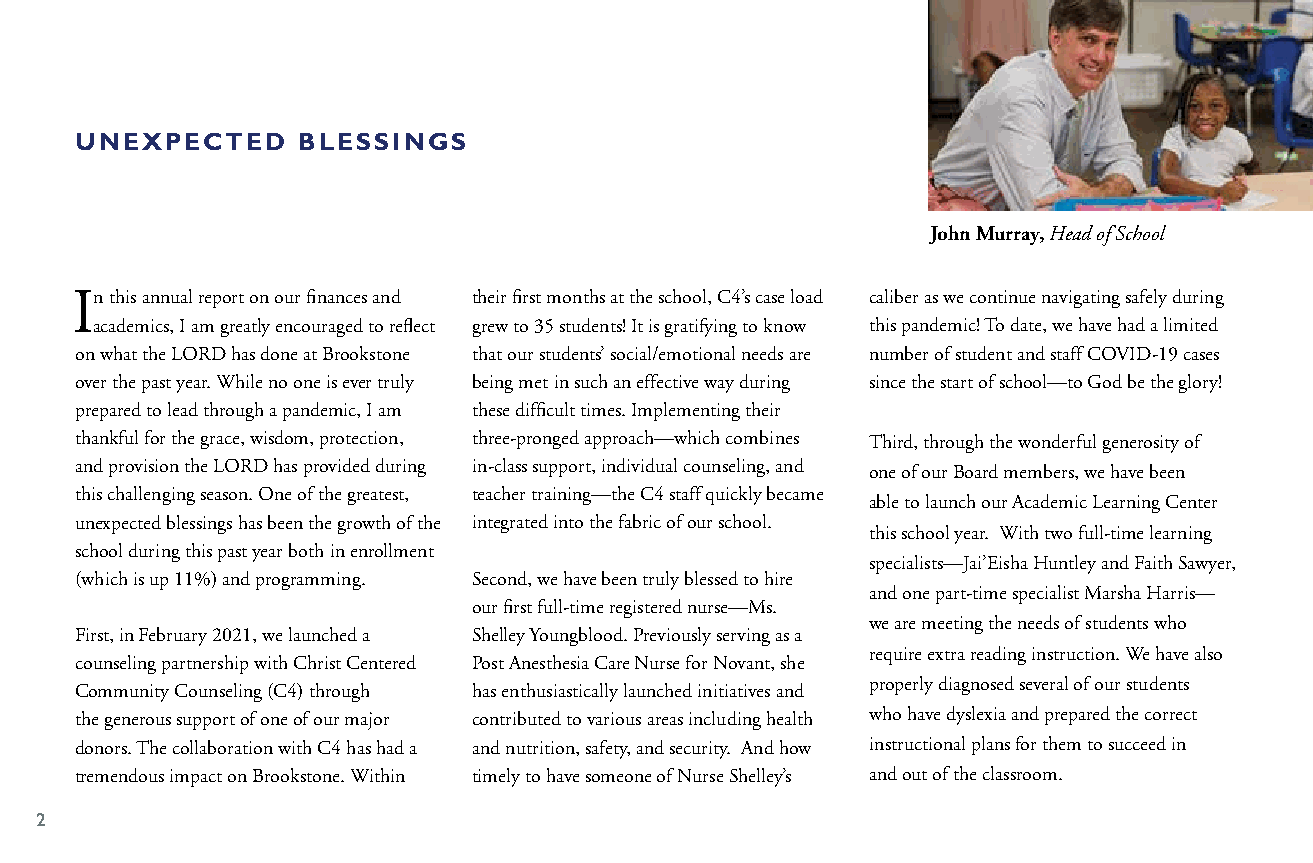
UNEXPECTED     BLESSINGS
 John Murray, Head of School
 In this annual report on our finances and their first months at the school, C4’s case load caliber as we continue navigating safely during
 academics, I am greatly encouraged to reflect grew to 35 students! It is gratifying to know this pandemic! To date, we have had a limited
 on what the LORD has done at Brookstone that our students’ social/emotional needs are number of student and staff COVID-19 cases
 over the past year. While no one is ever truly being met in such an effective way during since the start of school—to God be the glory!
 prepared to lead through a pandemic, I am these difficult times. Implementing their
 thankful for the grace, wisdom, protection, three-pronged approach—which combines Third, through the wonderful generosity of
 and provision the LORD has provided during in-class support, individual counseling, and one of our Board members, we have been
 this challenging season. One of the greatest, teacher training—the C4 staff quickly became
 able to launch our Academic Learning Center
 unexpected blessings has been the growth of the integrated into the fabric of our school.
 this school year. With two full-time learning
 school during this past year both in enrollment
 specialists—Jai’Eisha Huntley and Faith Sawyer,
 (which is up 11%) and programming. Second, we have been truly blessed to hire
 and one part-time specialist Marsha Harris—
 our first full-time registered nurse—Ms.
 we are meeting the needs of students who
 First, in February 2021, we launched a Shelley Youngblood. Previously serving as a
 require extra reading instruction. We have also
 counseling partnership with Christ Centered Post Anesthesia Care Nurse for Novant, she
 properly diagnosed several of our students
 Community Counseling (C4) through has enthusiastically launched initiatives and
 the generous support of one of our major contributed to various areas including health who have dyslexia and prepared the correct
 donors. The collaboration with C4 has had a and nutrition, safety, and security. And how instructional plans for them to succeed in
 tremendous impact on Brookstone. Within timely to have someone of Nurse Shelley’s and out of the classroom.
 2